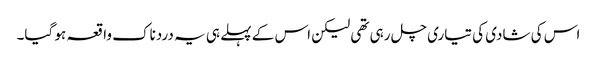
اس کی شادی کی تیاری چل رہی تھی لیکن اس کے پہلے ہی یہ دردناک واقعہ ہو گیا۔